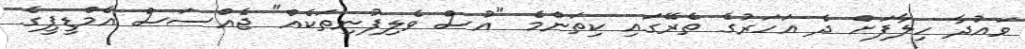
ވައުދާ ހިލާފަށް ދެ އަހަރުގެ ތެރޭގައި ކިތަންމެ "އުސް ވެލިފުނިތަކެއް" ޖެއްސަސް އެމްޑީޕީގެ